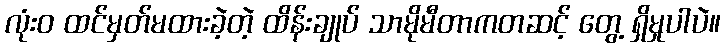
လုံးဝ ထင်မှတ်မထားခဲ့တဲ့ ထိန်းချုပ် သာမိုမီတာကတဆင့် တွေ့ ရှိမှုပါပဲ။